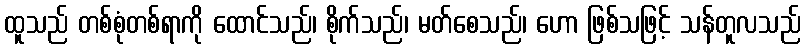
ထူသည် တစ်စုံတစ်ရာကို ထောင်သည်၊ စိုက်သည်၊ မတ်စေသည်၊ ဟော ဖြစ်သဖြင့် သန်တူလသည်